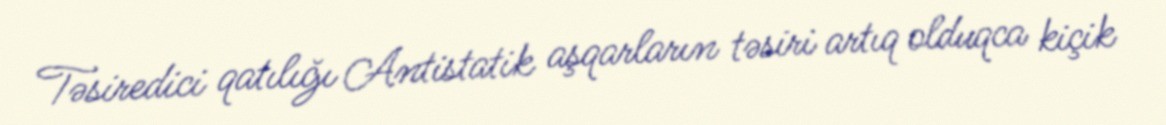
Təsiredici qatılığı Antistatik aşqarların təsiri artıq olduqca kiçik